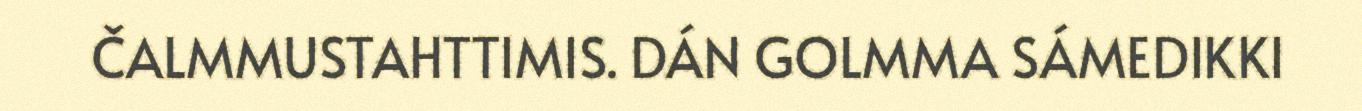
ČALMMUSTAHTTIMIS. DÁN GOLMMA SÁMEDIKKI